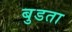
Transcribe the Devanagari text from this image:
बुडता